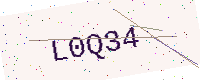
Text: L0Q34